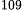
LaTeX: ^\textrm{\scriptsize 109}